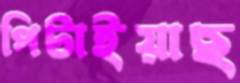
পিটাইয়াছ